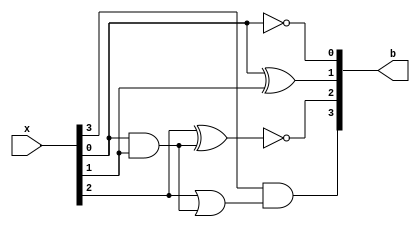
module xs3_to_BCD(x,b);
input [3:0]x;
output [3:0]b;
wire w,s;
not(b[0],x[0]);
xor(b[1],x[0],x[1]);

and(w,x[0],x[1]);
xnor(b[2],x[2],w);

or(s,x[2],w);
and(b[3],x[3],s);

endmodule
module TB_XB();
reg [3:0]x;
wire [3:0]b;
xs3_to_BCD XB1(x,b);
initial begin
#0 x=4'd0;
#100 x=4'd1;
#100 x=4'd2;
#100 x=4'd3;
#100 x=4'd4;
#100 x=4'd5;
#100 x=4'd6;
#100 x=4'd7;
#100 x=4'd8;
#100 x=4'd9;
#100 x=4'd10;
#100 x=4'd11;
#100 x=4'd12;
#100 x=4'd13;
#100 x=4'd14;
#100 x=4'd15;
end
endmodule